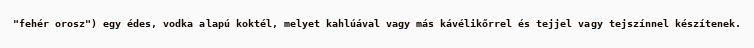
"fehér orosz") egy édes, vodka alapú koktél, melyet kahlúával vagy más kávélikőrrel és tejjel vagy tejszínnel készítenek.